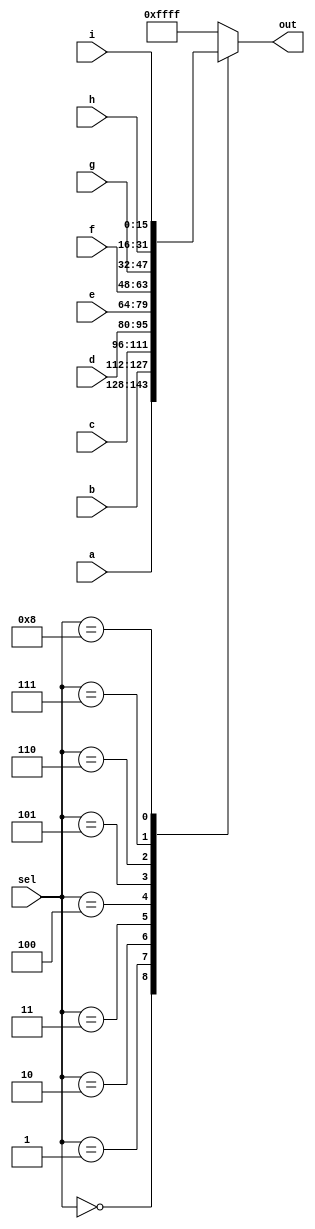
module top_module( 
  input [15:0] a, b, c, d, e, f, g, h, i,
  input [3:0] sel,
  output [15:0] out );

 // or assign a default value at the beginning instead of using a default case. out = '1;
 // '1 is a special literal syntax for a number with all bits set to 1. '0, 'x, 'z are also valid.
    
  always @(*) begin
    case(sel)
      0 : out = a; // maybe using 4'h0 ~ 4'h8 is better?
      1 : out = b;
      2 : out = c;
      3 : out = d;
      4 : out = e;
      5 : out = f;
      6 : out = g;
      7 : out = h;
      8 : out = i;
      default: out = 16'hffff;
    endcase
  end

endmodule